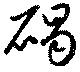
碣